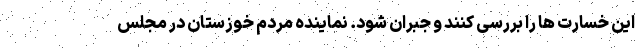
این خسارت ها را بررسی کنند و جبران شود. نماینده مردم خوزستان در مجلس